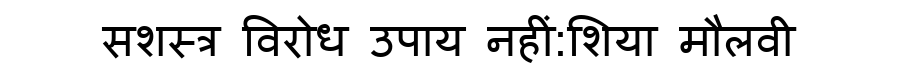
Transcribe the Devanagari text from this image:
सशस्त्र विरोध उपाय नहीं:शिया मौलवी